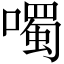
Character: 噣